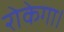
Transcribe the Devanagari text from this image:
रोकेगा।